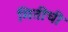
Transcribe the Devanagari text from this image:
मितीची